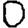
Digit: 0